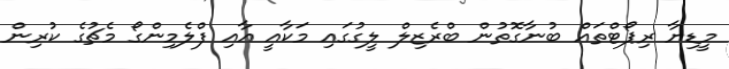
މީޑިޔާ ރިޕޯޓްތައް ބުނާގޮތުން ބްރެޒިލް ލީގުގައި މަކާއީ އާއި ފްލެމިންގޯ މެޗުގެ ކުރިން